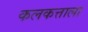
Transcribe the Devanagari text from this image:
कलकत्ताला